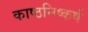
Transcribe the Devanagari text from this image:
काष्ठनिष्कर्ष